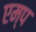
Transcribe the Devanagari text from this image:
एम्प